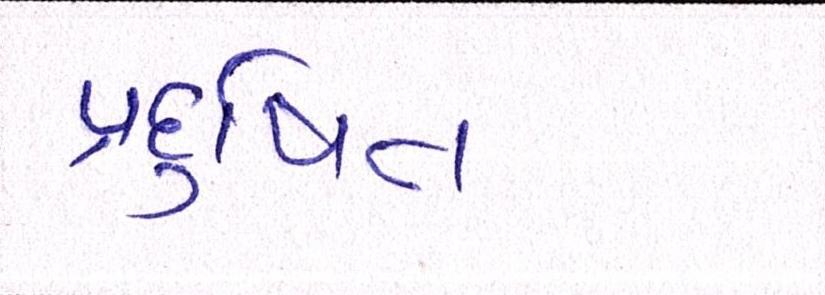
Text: પ્રદુષિત